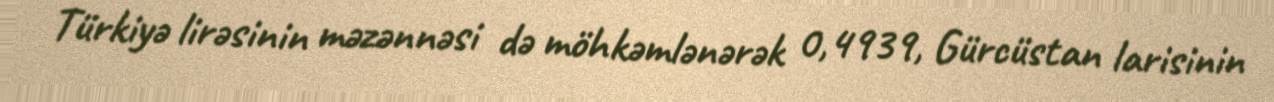
Türkiyə lirəsinin məzənnəsi də möhkəmlənərək 0,4939, Gürcüstan larisinin